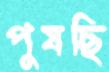
পুষছি